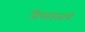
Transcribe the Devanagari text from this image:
मित्रमंडळाची